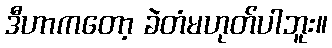
ဒီဟာကတော့ ခဲတံမဟုတ်ပါဘူး။